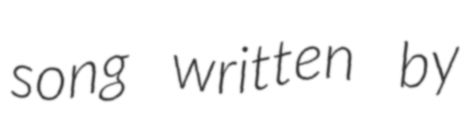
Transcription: song written by